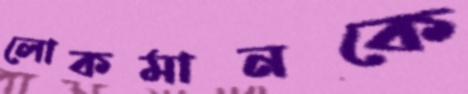
লোকমানকে